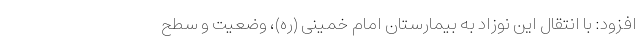
افزود: با انتقال این نوزاد به بیمارستان امام خمینی (ره)، وضعیت و سطح